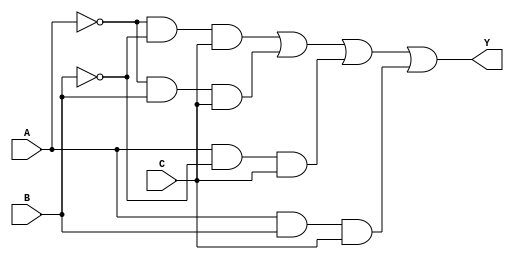
module sop_simplification (
    input wire A,          // Input A
    input wire B,          // Input B
    input wire C,          // Input C
    output wire Y          // Output Y
);

// Define the minterms for which the output is '1'.
// For example, let's assume we want to implement the SOP for minterms 1 (001), 3 (011), 5 (101), and 7 (111).
// This corresponds to the function: F(A, B, C) = (1, 3, 5, 7)
wire m1 = (~A & ~B & C); // minterm 1: A=0, B=0, C=1
wire m3 = (~A & B & C);  // minterm 3: A=0, B=1, C=1
wire m5 = (A & ~B & C);  // minterm 5: A=1, B=0, C=1
wire m7 = (A & B & C);   // minterm 7: A=1, B=1, C=1

// Combine minterms using OR gate to form the SOP expression
assign Y = m1 | m3 | m5 | m7; // Output is high if any of the minterms is true

endmodule